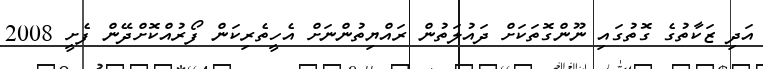
އަދި ޒަކާތުގެ ގޮތުގައި ނޫންގޮތަކަށް ދައުލަތުން ރައްޔިތުންނަށް އެހީތެރިކަން ފޯރުއްކޮށްދޭން ފެށީ 2008